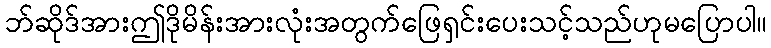
ဘ်ဆိုဒ်အားဤဒိုမိန်းအားလုံးအတွက်ဖြေရှင်းပေးသင့်သည်ဟုမပြောပါ။